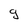
Character: g